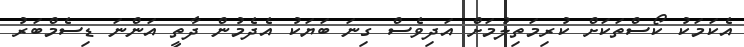
އެކަމަކު ކޯސްތަކަށް ކުރިމަތިލުމަށް އަދިވެސް ގިނަ ބަޔަކު އެދެމުން ދާތީ އަންނަ ޑިސެމްބަރު